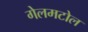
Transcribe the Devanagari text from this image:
गेलमटोल